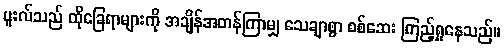
ပူးလ်သည် ထိုခြေရာများကို အချိန်အတန်ကြာမျှ သေချာစွာ စစ်ဆေး ကြည့်ရှုနေသည်။